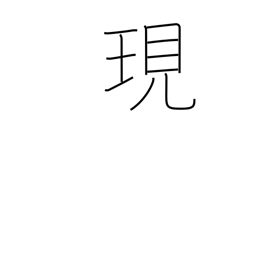
Meaning: actual